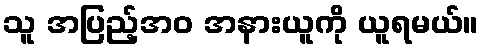
သူ အပြည့်အဝ အနားယူကို ယူရမယ်။